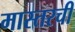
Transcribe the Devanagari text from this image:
मास्तरची